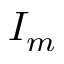
I _ { m }